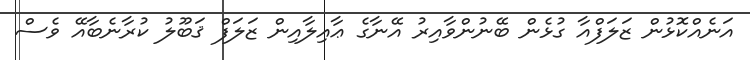
އަނެއްކޮޅުން ޒަލަފްއާ ގުޅެން ބޭނުންވާއިރު އޭނާގެ ޢާއިލާއިން ޒަލަފް ޤަބޫލު ކުރާނެބާއޭ ވެސް